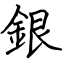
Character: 銀